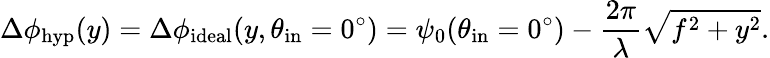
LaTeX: \Delta\phi_{\mathrm{hyp}}(y)=\Delta\phi_{\mathrm{ideal}}(y,\theta_{\mathrm{in}}=0^{\circ})=\psi_{0}(\theta_{\mathrm{in}}=0^{\circ})-\frac{2\pi}{\lambda}\sqrt{f^{2}+y^{2}}.